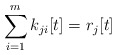
\begin{align*}\sum_{i=1}^{m}k_{ji}[t]=r_{j}[t]\end{align*}